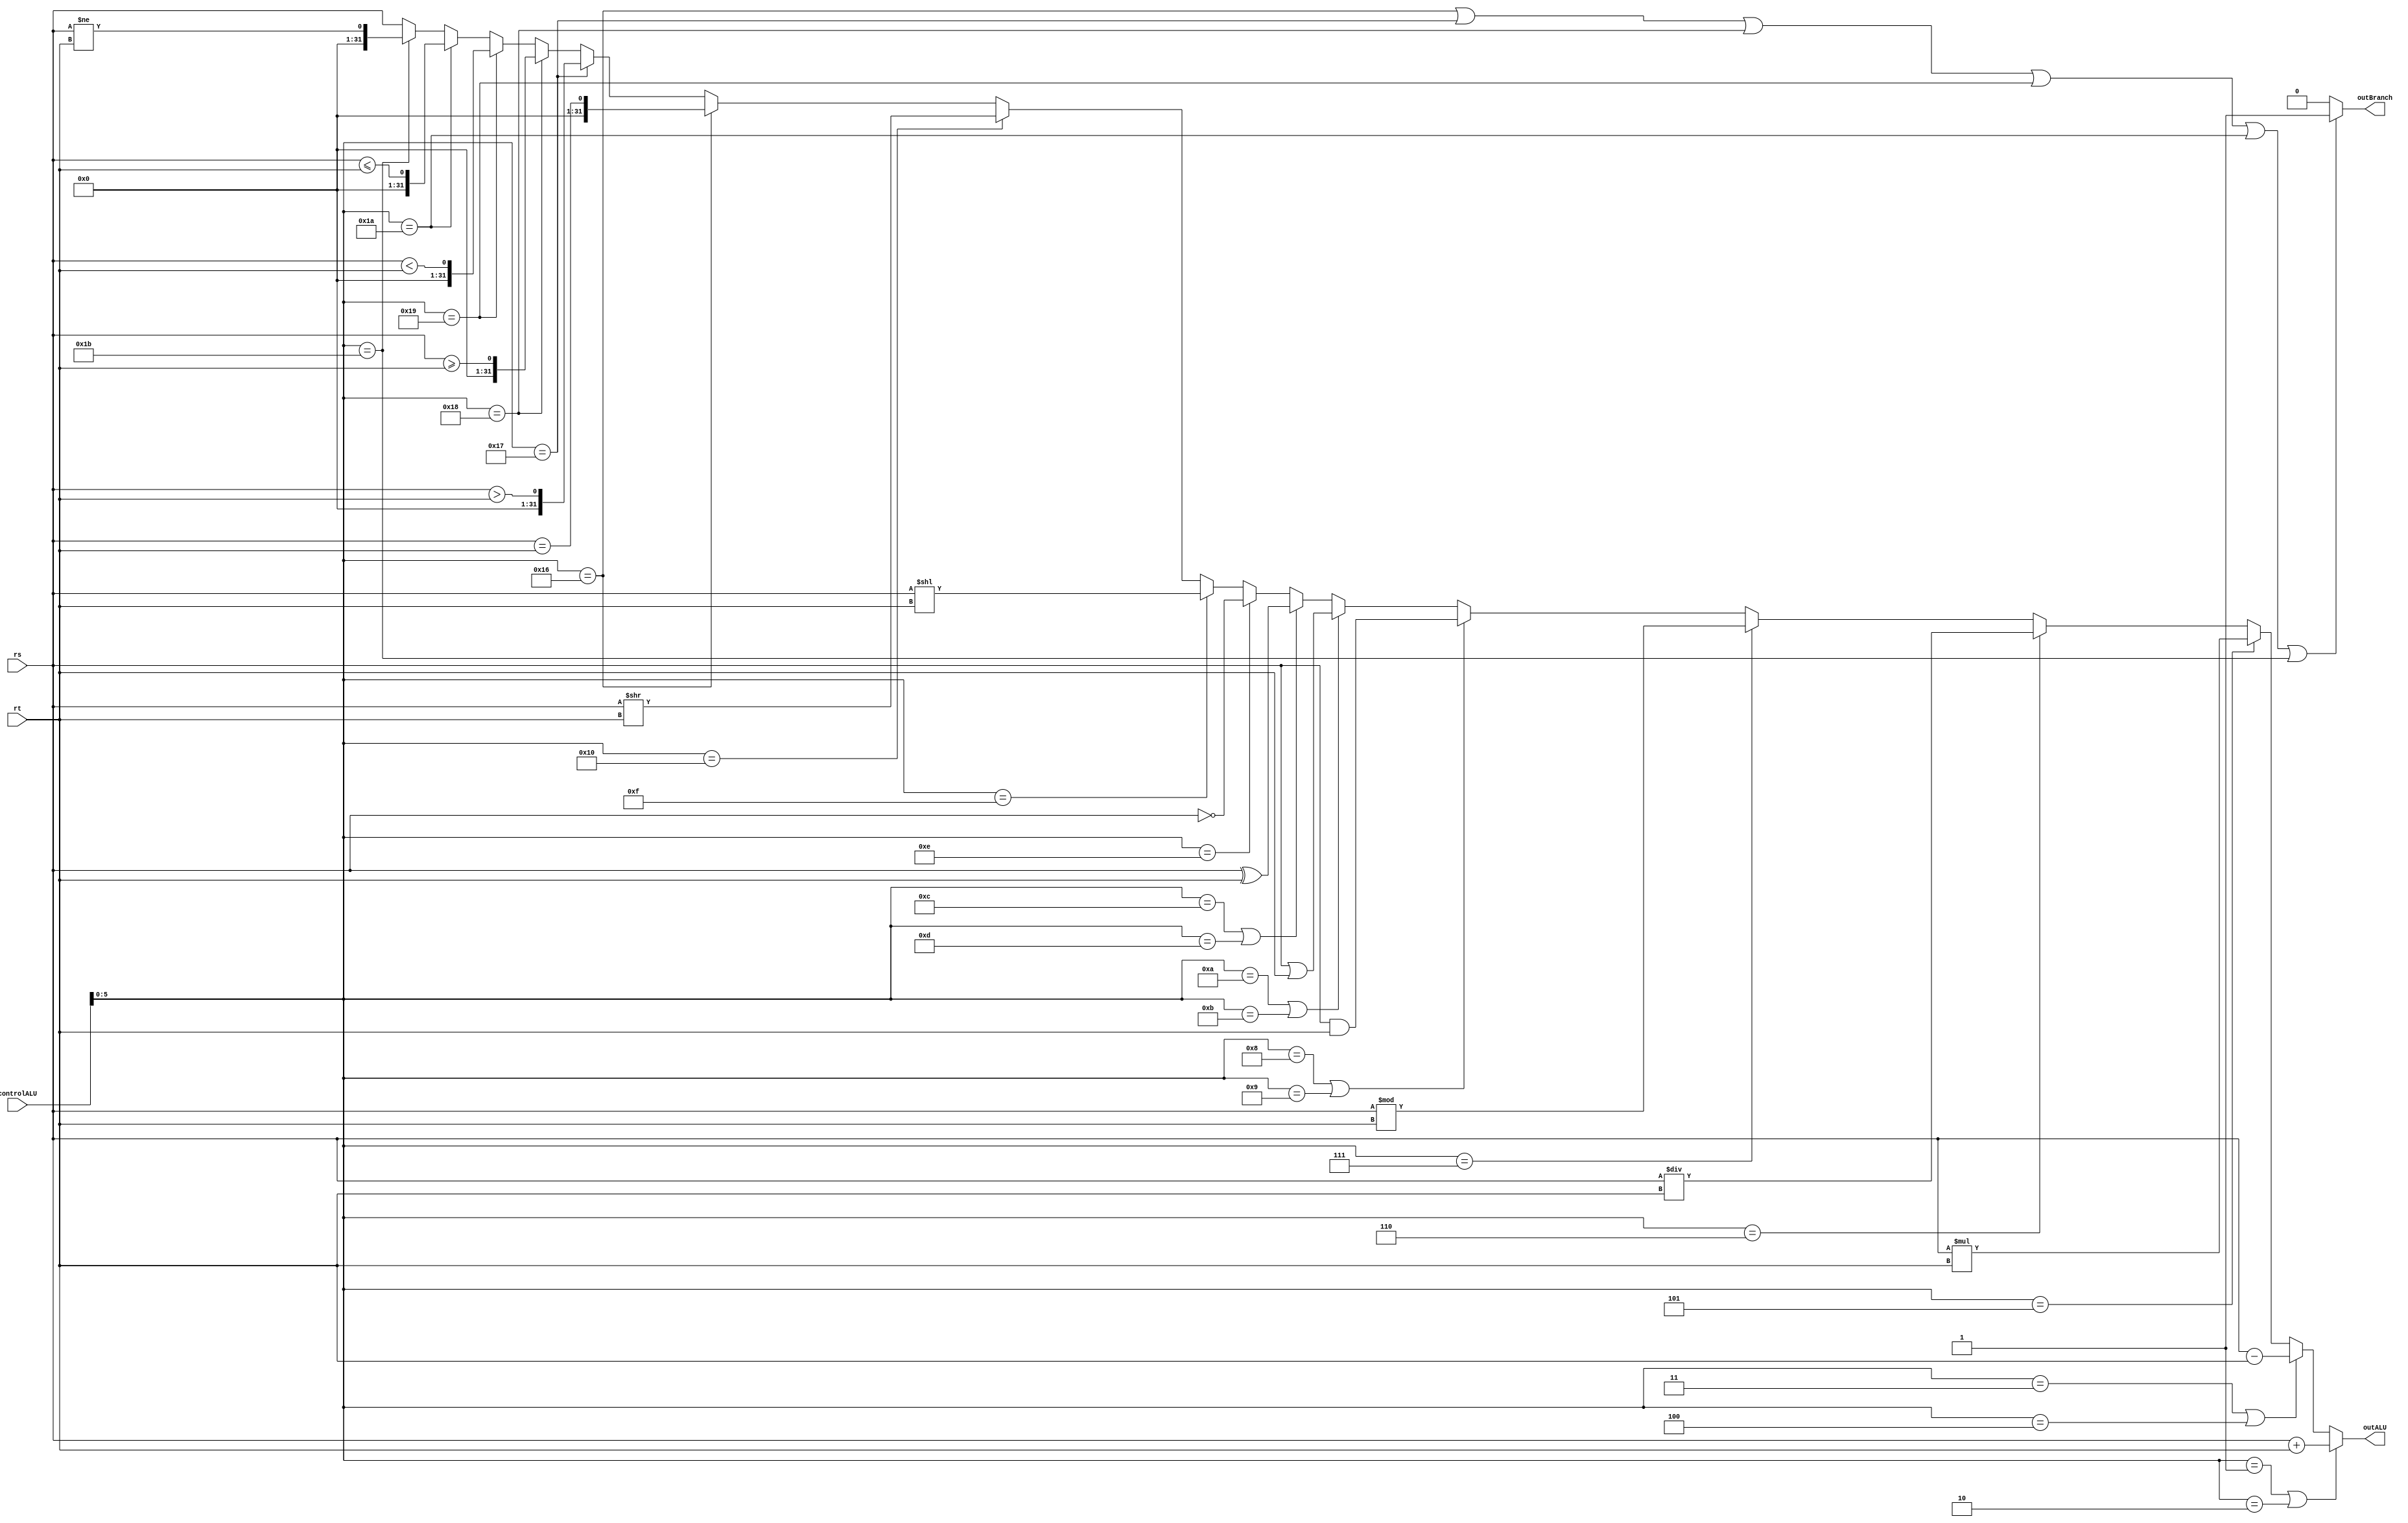
module ALU (
  controlALU, //Cdigo de controle da ALU
  rs, //Primeiro registrador fonte 
  rt, //Segundo registrador fonte
  outALU, //Resultado da ALU
  outBranch //Controle Branch
);

	input [6:0] controlALU;
	input [31:0] rs, rt;
	output reg [31:0] outALU;
	output reg outBranch;
  
  	localparam [4:0] 	ADD = 6'd1, ADDI = 6'd2,
							SUB = 6'd3, SUBI = 6'd4,
							MUL = 6'd5,
							DIV = 6'd6,
							MOD = 6'd7,
							AND = 6'd8, ANDI = 6'd9,
							OR = 6'd10, ORI = 6'd11,
							XOR = 6'd12, XORI = 6'd13,
							NOT = 6'd14,
							SHL = 6'd15,
							SHR = 6'd16,
							BEQ = 6'd22,
							BGT = 6'd23,
							BGE = 6'd24,
							BLT = 6'd25,
							BLE = 6'd26,
							BNE = 6'd27,
							MOVE = 6'd28;

	always @ (controlALU or rs or rt) begin
		begin
			if(controlALU[5:0] == ADD || controlALU[5:0] == ADDI)
				outALU = rs + rt;
			else if(controlALU[5:0] == SUB || controlALU[5:0] == SUBI)
				outALU = rs - rt;
			else if(controlALU[5:0] == MUL || controlALU[5:0] == MUL)
				outALU = rs * rt;
			else if(controlALU[5:0] == DIV)
				outALU = rs / rt;
			else if(controlALU[5:0] == MOD)
				outALU = rs % rt;
			else if(controlALU[5:0] == AND || controlALU[5:0] == ANDI)
				outALU = (rs & rt);
			else if(controlALU[5:0] == OR || controlALU[5:0] == ORI)
				outALU = (rs | rt);
			else if(controlALU[5:0] == XOR || controlALU[5:0] == XORI)
				outALU = (rs ^ rt);
			else if(controlALU[5:0] == NOT)
				outALU = ~rs;
			else if(controlALU[5:0] == SHL)
				outALU = rs << rt;
			else if(controlALU[5:0] == SHR)
				outALU = rs >> rt;
			else if(controlALU[5:0] == BEQ)
				outALU = (rs == rt);
			else if(controlALU[5:0] == BGT)
				outALU = (rs > rt);
			else if(controlALU[5:0] == BGE)
				outALU = (rs >= rt);
			else if(controlALU[5:0] == BLT)
				outALU = (rs < rt);
			else if(controlALU[5:0] == BLE)
				outALU = (rs <= rt);
			else if(controlALU[5:0] == BNE)
				outALU = (rs != rt);
			else if(controlALU[5:0] == MOVE)
				outALU = rs;
			else
				outALU = rs;
		end
		begin	
			if(controlALU[5:0] == BEQ ||
				controlALU[5:0] == BGT ||
				controlALU[5:0] == BGE ||
				controlALU[5:0] == BLT ||
				controlALU[5:0] == BLE ||
				controlALU[5:0] == BNE)
					outBranch = 1'b1;
			else
					outBranch = 1'b0;
		end
	end
endmodule